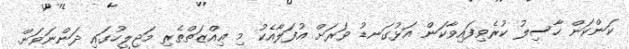
ކަންކަން ހާސިލު ކުރެވިފައިވާކަން އަޅުގަނޑު ވަރަށް އުފަލާއެކު މި ޢިއްޒަތްތެރި މަޖިލީހުގައި ދަންނަވަން.